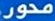
محور